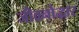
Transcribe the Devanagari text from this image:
जीवनोद्धार